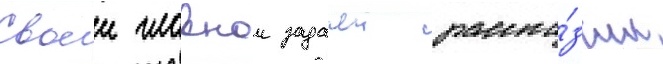
Своеи главнои задачеи расска́зчик